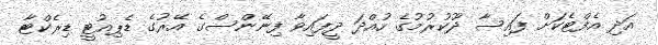
އަދި އެފްޓެކަށް ފައިސާ ދޫކުރުމުގެ ހުއްދަ ދީފައިވާ ފިނޭންސްގެ އޭރުގެ ޑެޕިއުޓީ ޑިރެކްޓާ